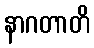
နာဂတာတိ